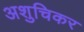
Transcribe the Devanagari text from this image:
अशुचिकर